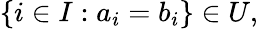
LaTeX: \left\{ i\in I:a_{i}=b_{i}\right\} \in U,